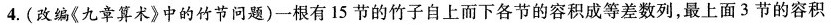
4.(改编《九章算术》中的竹节问题)一根有15节的竹子自上而下各节的容积成等差数列，最上面3节的容积